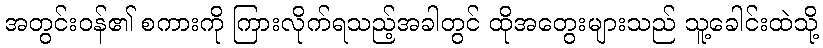
အတွင်းဝန်၏ စကားကို ကြားလိုက်ရသည့်အခါတွင် ထိုအတွေးများသည် သူ့ခေါင်းထဲသို့